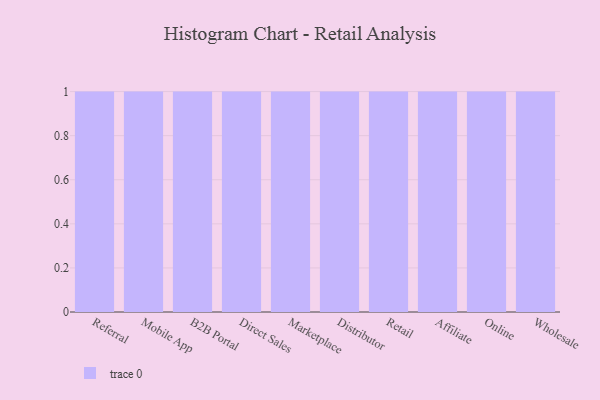
{"axis": {"x": "Channel", "y": "Operating Costs (USD K)"}, "legend": [""], "data": [{"x": "Referral", "y": 17, "type": ""}, {"x": "Mobile App", "y": 19, "type": ""}, {"x": "B2B Portal", "y": 15, "type": ""}, {"x": "Direct Sales", "y": 90, "type": ""}, {"x": "Marketplace", "y": 83, "type": ""}, {"x": "Distributor", "y": 84, "type": ""}, {"x": "Retail", "y": 66, "type": ""}, {"x": "Affiliate", "y": 73, "type": ""}, {"x": "Online", "y": 45, "type": ""}, {"x": "Wholesale", "y": 66, "type": ""}]}